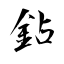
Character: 鉆